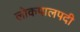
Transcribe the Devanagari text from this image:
लोकपालपदी